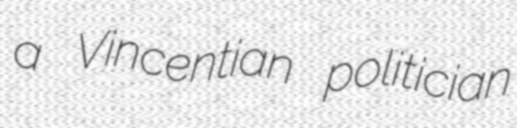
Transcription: a Vincentian politician